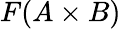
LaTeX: F(A\times B)